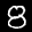
Label: 8